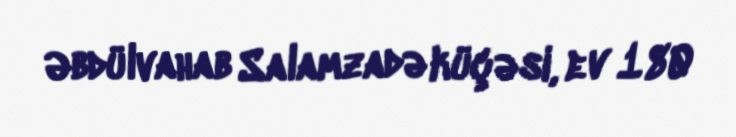
Əbdülvahab Salamzadə küçəsi, ev 180